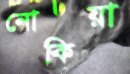
নোকিয়া